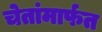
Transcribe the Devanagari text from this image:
चेतांमार्फत